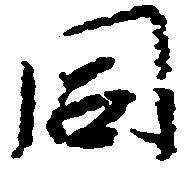
同